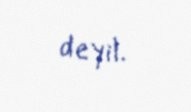
deyil.